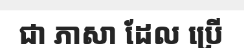
ជា ភាសា ដែល ប្រើ